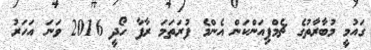
ގައުމީ މުބާރާތުގެ ޗެމްޕިއަންކަން އެންމެ ފުރަތަމަ ރާފާ ހޯދީ 2016 ވަނަ އަހަރު